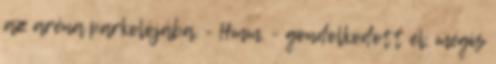
az aréna parkolójába. - Hmm. - gondolkodott el, mégis